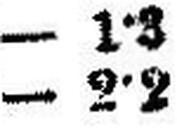
— 2•2